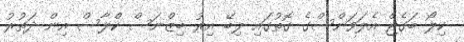
ކިލޯ ބަގެޖް އެލަވަންސްގެ ގޮތުގައި ލިބޭ އިރު ބިޒްނަސް ކްލާސް އިން ދަތުރު